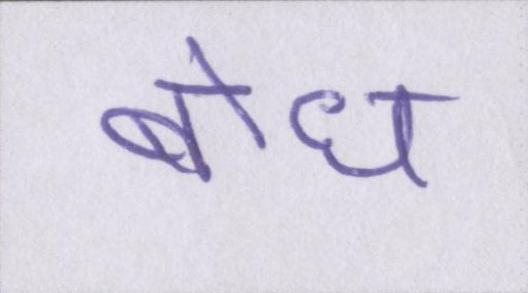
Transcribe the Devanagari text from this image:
बोध